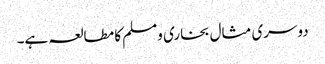
دوسری مثال بخاری ومسلم کا مطالعہ ہے۔